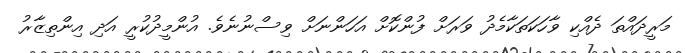
މަރީދައްތަ ދެއްކި ވާހަކަތަކާމެދު ވަރަށް ފުންކޮށް އަހަންނަށް ވިސްނުނެވެ. އުންމީދުކުރީ އަދި އިންތިޒާރު